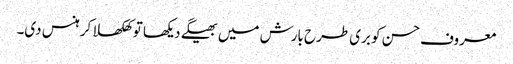
معروف حسن کو بری طرح بارش میں بھیگے دیکھا تو کھلکھلا کر ہنس دی۔